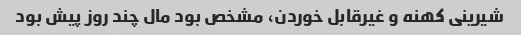
شیرینی کهنه و غیرقابل خوردن، مشخص بود مال چند روز پیش بود